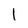
Character: l